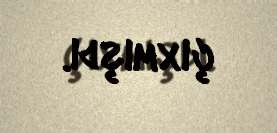
çıxmışdı.